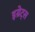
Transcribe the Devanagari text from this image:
इग्रेट्स